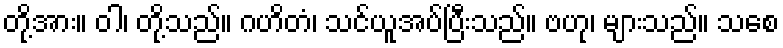
တို့အား။ ဝါ၊ တို့သည်။ ဂဟိတံ၊ သင်ယူအပ်ပြီးသည်။ ဗဟု၊ များသည်။ သစေ